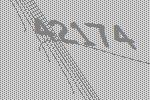
42174